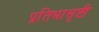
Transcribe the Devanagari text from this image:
प्रतिभासृष्टी